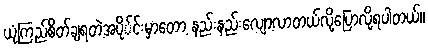
ယုံကြည်စိတ်ချရတဲ့အပို်င်းမှာတော့ နည်းနည်းလျော့လာတယ်လို့ပြောလို့ရပါတယ်။